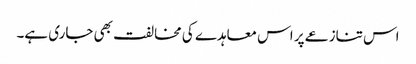
اس تنازعے پر اس معاہدے کی مخالفت بھی جاری ہے۔